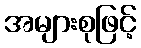
အများစုဖြင့်